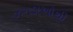
ઝગડાઓથી